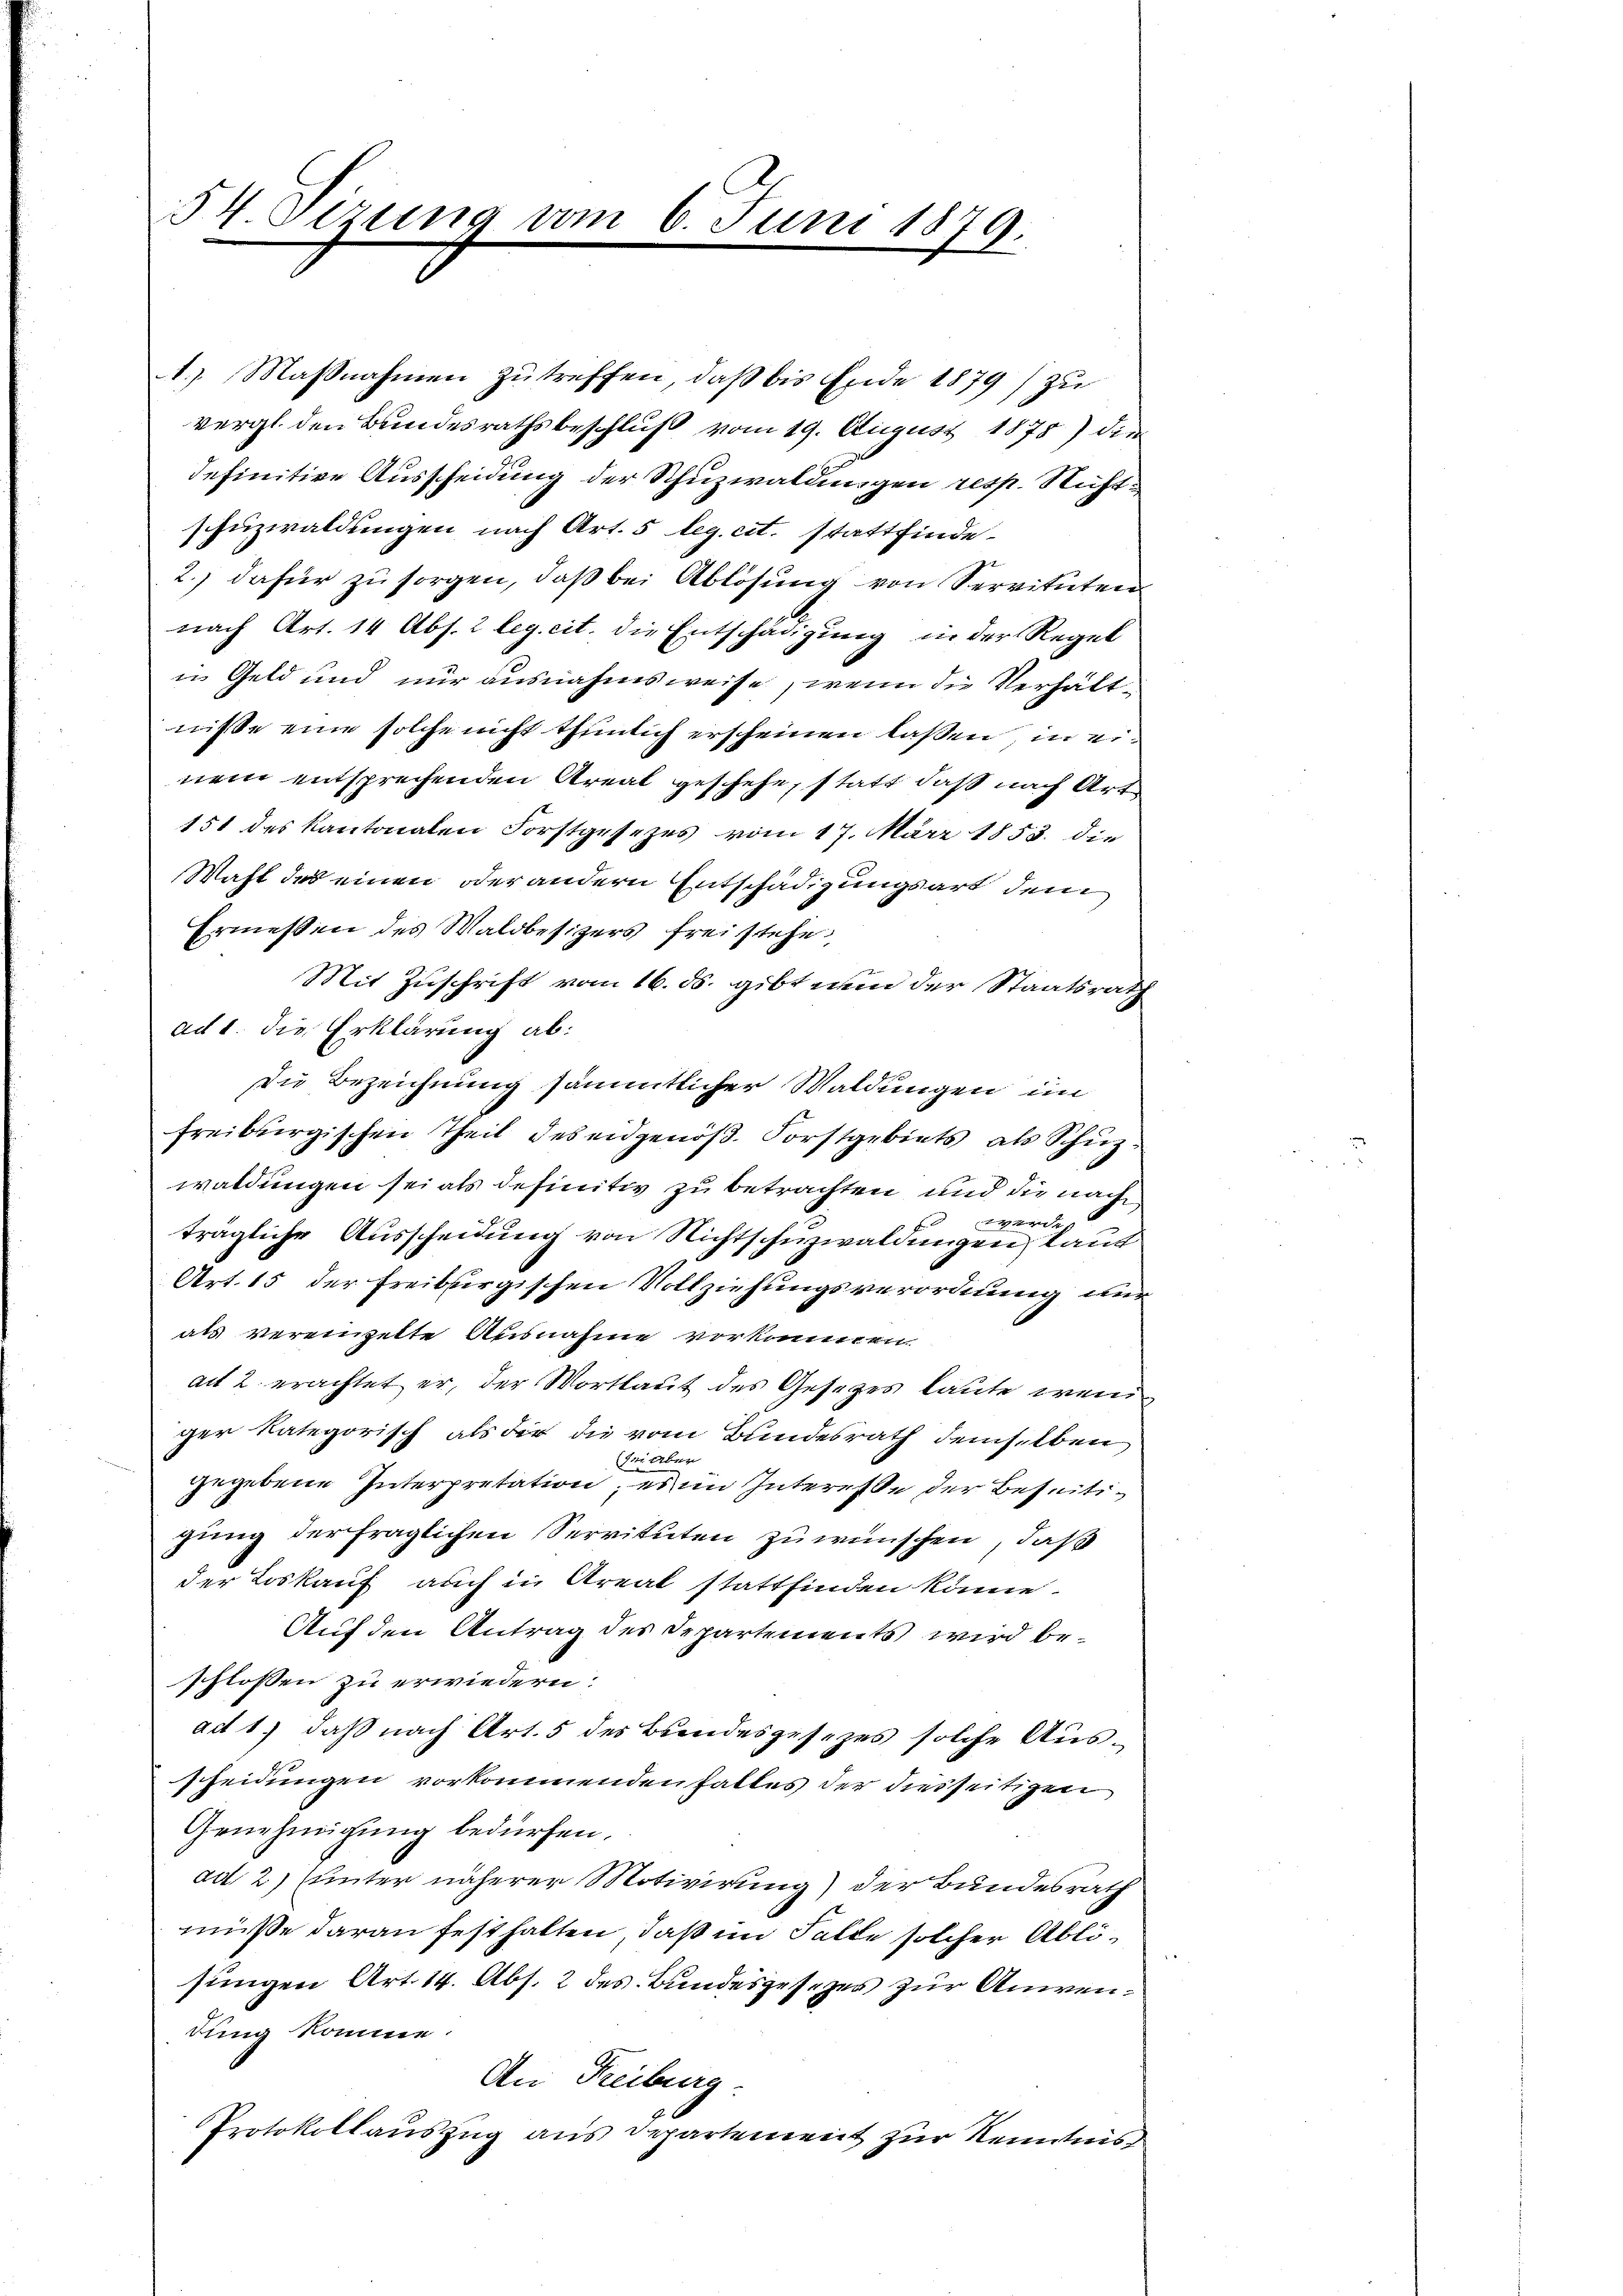
54. Sezung vom 6. Juni 1879.

1. Maβnahmen zŭ treffen, daß bis Ende 1879) zu
vergl. den Bundesrathsbeschluß vom 19. August 1875) die
definitive Ausscheidung der Schuzwaldungen resp. Nicht
uzwaldungen nach Art. 5 leg. cit. stattfinde
2.) dafür zu sorgen, daß bei Ablösung von Servituten
nach Art. 14 Abs. 2 leg. cit. die Entschädigung in der Regel
in Geld und nur ausnahmsweise, wenn die Verhältwisse eine solche nicht thunlich erscheinen laßen, in einem entsprechenden Areal geschehe, statt, daß nach Art
151 des Kantonalen Forstgesezes vom 17. März 1853. die
Wahl des einen oder andern Entschädigungsart dem
Ermessen des Waldbesizers freistehe
Mit Zuschrift vom 16. ds. gibt nun der Staatsrath
ad 1. die Erklärung ab.
di Bezeichnung sämmtlicher Waldungen im
freiburgischen Theil des eidgenöß. Forstgebiets, als Schüz
waldungen sei als definitiv zu betrachten und die nach
trägliche Ausscheidung von Nichtschuzwaldungen laut
Art. 15 der Freiburgischen Vollziehungsverordnung nur
als vereinzelte Ausnahme vorkommen.
act 2 erachtet er, der Wortlaut des Gesetzes laute weniger kategorisch als die die vom Bundesrath demselben
se Über
gegebene Interpretation, es im Interesse der Beseitigung der fraglichen Servituten zu wünschen, daß
der Loskauf auch in Areal stattfinden könne.
Auf den Antrag des Departements wird beschlossen zu erwiedern:
adt 1) daß nach Art. 5 des Bundesgesezes solche Ausscheidungen vorkommenden Falles der diesseitigen
Genehmigung bedürfen.
ad 2) unter näherer Motivirung) der Bundesrath
müße daran festhalten, daß im Falle solcher Ablisungen Art. 14. Abs. 2 des Bundesgesezer zur Anwendung komme.
An Freiburg.
Protokollauszug aus Departement zur Kenntnis